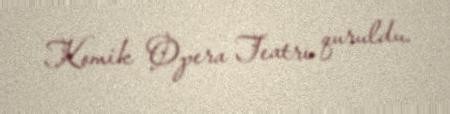
Komik Opera Teatrı quruldu.